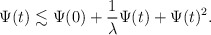
\begin{align*}\Psi(t) \lesssim \Psi(0)+\frac{1}{\lambda}\Psi(t)+\Psi(t)^2.\end{align*}